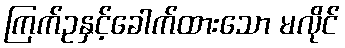
ကြက်ဥနှင့်ခေါက်ထားသော မလိုင်